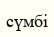
сүмбі